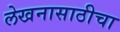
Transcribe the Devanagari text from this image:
लेखनासाठीचा